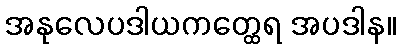
အနုလေပဒါယကတ္ထေရ အပဒါန။